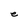
Character: e